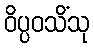
ဝိပ္ပဝသိံသု